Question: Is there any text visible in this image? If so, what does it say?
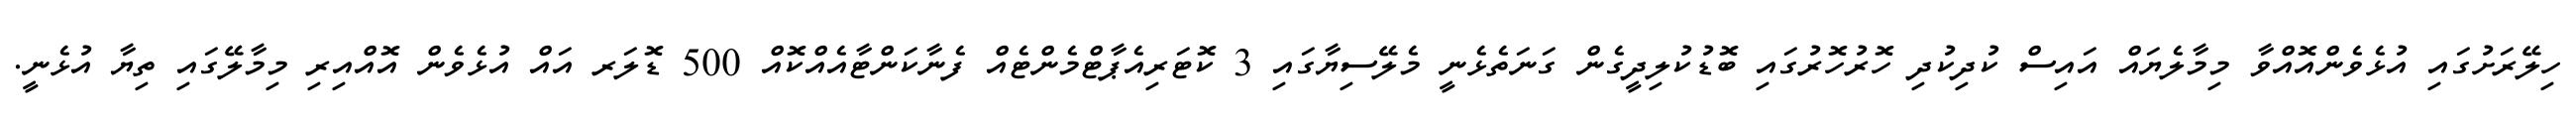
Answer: ހިލޭރަށުގައި އުޅެވެންއޮއްވާ މިމާލެޔައް އައިސް ކުދިކުދި ހޮރުހޮރުގައި ބޮޑުކުލިދީގެން ގަނަތެޅެނީ މެލޭސިޔާގައި 3 ކޮޓަރިއެޕާޓްމެންޓެއް ފެނާކަންޓާއެއްކޮއް 500 ޑޮލަރ އައް އުޅެވެން އޮއްއިރި މިމާލޭގައި ތިޔާ އުޅެނީ.